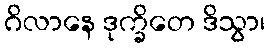
ဂိလာနေ ဒုက္ခိတေ ဒိသွာ၊